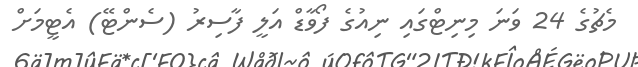
މެޗުގެ 24 ވަނަ މިނިޓްގައި ނިއުގެ ފޯވާޑް އަލީ ފާސިރު (ސެންޓޭ) އެޓީމަށް